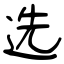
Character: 选